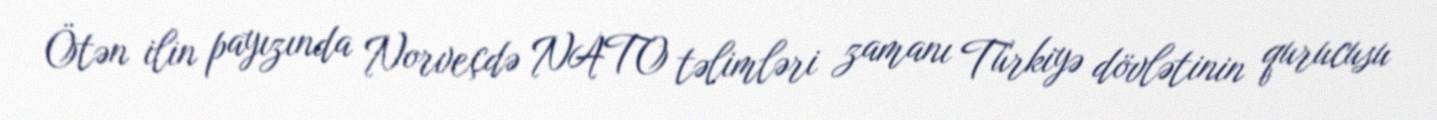
Ötən ilin payızında Norveçdə NATO təlimləri zamanı Türkiyə dövlətinin qurucusu